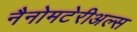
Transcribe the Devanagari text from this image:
नैनोमटेरीअल्स